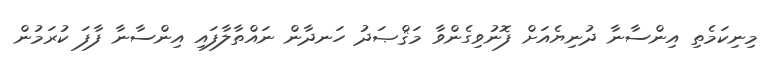
މިނިކަމެތި އިންސާނާ ދުނިޔެއަށް ފޮނުވިގެންވާ މަޤްޞަދު ހަނދާން ނައްތާލާފައި އިންސާނާ ފާފަ ކުރަމުން